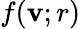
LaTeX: f(\mathbf{v};r)